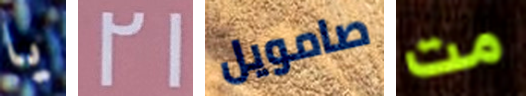
يا 21 صامويل مت